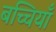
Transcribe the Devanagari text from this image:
बच्चियाँ